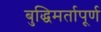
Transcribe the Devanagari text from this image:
बुद्धिमर्तापूर्ण